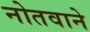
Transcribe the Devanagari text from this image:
नोतवाने